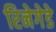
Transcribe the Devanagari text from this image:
रिनेगेडे